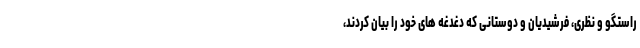
راستگو و نظری، فرشیدیان و دوستانی که دغدغه های خود را بیان کردند،